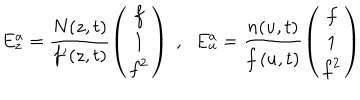
E _ { z } ^ { a } = \frac { N ( z , t ) } { f ^ { \prime } ( z , t ) } \left( \begin{array} { c } { { f } } \\ { { 1 } } \\ { { f ^ { 2 } } } \\ \end{array} \right) \; , \; \; E _ { u } ^ { a } = \frac { n ( u , t ) } { \dot { f } ( u , t ) } \left( \begin{array} { c } { { f } } \\ { { 1 } } \\ { { f ^ { 2 } } } \\ \end{array} \right)